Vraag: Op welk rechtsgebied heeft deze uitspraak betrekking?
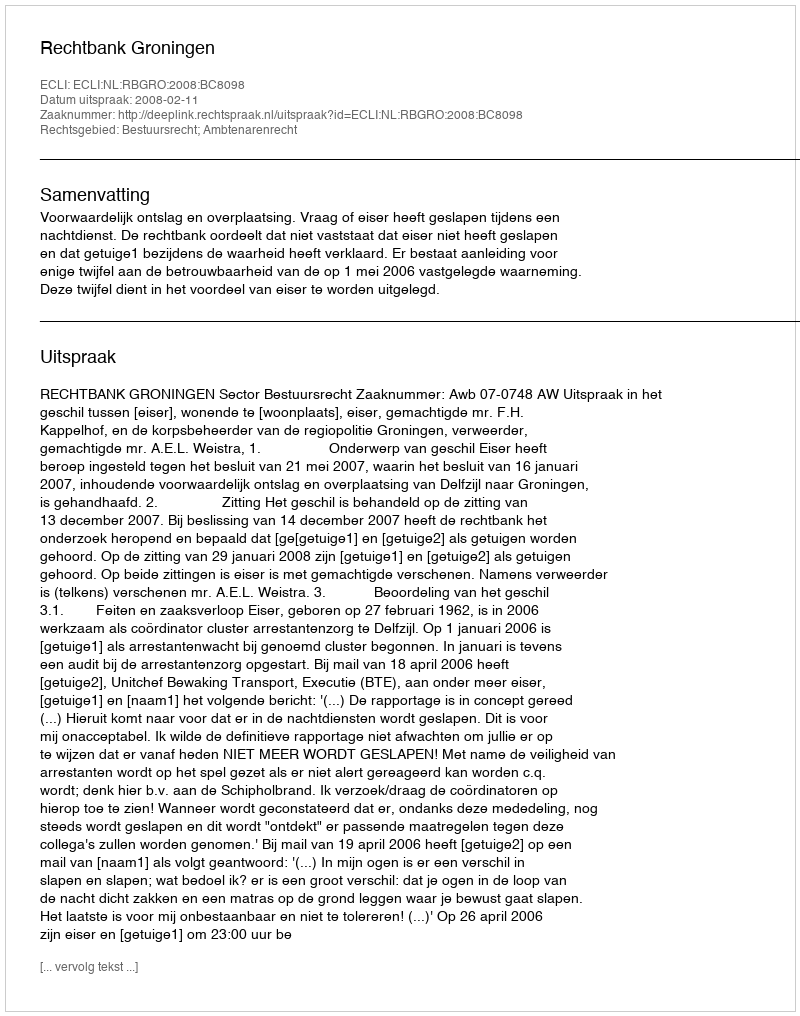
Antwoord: Bestuursrecht; Ambtenarenrecht